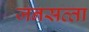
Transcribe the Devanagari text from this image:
जनसत्‍ता